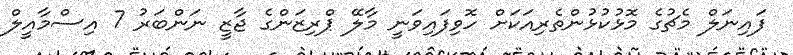
ފައިނަލް މެޗުގެ މޮޅުކުޅުންތެރިއަކަށް ހޮވިފައިވަނީ މާލޭ ޕްރިޒަންގެ ޖާޒީ ނަންބަރު 7 އިސްމާއީލް